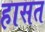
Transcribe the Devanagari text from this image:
हासत